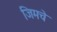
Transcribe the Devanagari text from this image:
जिमचे